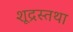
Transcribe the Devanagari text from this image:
शूद्रस्तथा